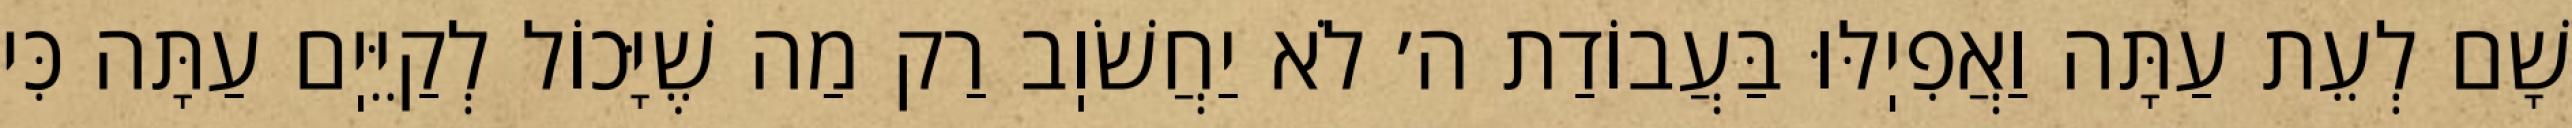
שָׁם לְעֵת עַתָּה וַאֲפִיֽלּוּ בַּעֲבוֹדַת ה׳ לֹא יַחֲשֹׁוֽב רַק מַה שֶׁיָּכוֹל לְקַיֵּיֽם עַתָּה כִּי